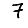
Digit: 7